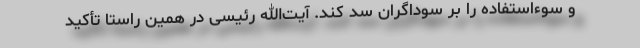
و سوءاستفاده را بر سوداگران سد کند. آیت‌الله رئیسی در همین راستا تأکید